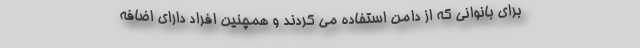
برای بانوانی که از دامن استفاده می کردند و همچنین افراد دارای اضافه